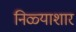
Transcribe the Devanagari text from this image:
निळ्याशार